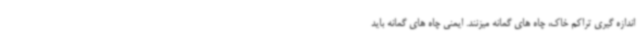
اندازه گیری تراکم خاک، چاه های گمانه میزنند. ایمنی چاه های گمانه باید